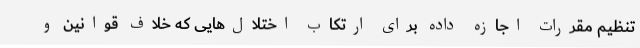
تنظیم مقررات اجازه داده برای ارتکاب اختلال‌هایی که خلاف قوانین و